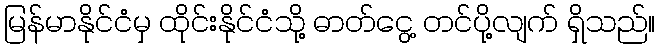
မြန်မာနိုင်ငံမှ ထိုင်းနိုင်ငံသို့ ဓာတ်ငွေ့ တင်ပို့လျက် ရှိသည်။